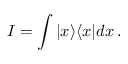
I = \int | x \rangle \langle x | d x \, .